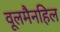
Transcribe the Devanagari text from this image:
वूलमैनहिल